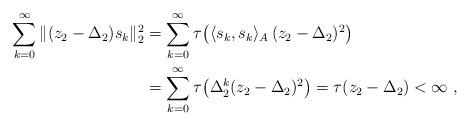
LaTeX: \begin{align*}\sum_{k=0}^\infty \| (z_2-\Delta_2) s_k\|_2^2 &= \sum_{k=0}^\infty \tau\bigl( \langle s_k,s_k\rangle_A \, (z_2-\Delta_2)^2 \bigr) \\&= \sum_{k=0}^\infty \tau\bigl( \Delta_2^k (z_2 - \Delta_2)^2 \bigr) = \tau(z_2 -\Delta_2) < \infty \; ,\end{align*}